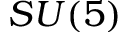
S U ( 5 )